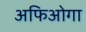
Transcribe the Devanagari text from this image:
अफिओगा